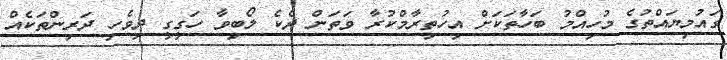
ގައުމިޔައްތުގެ މުހިއްމު ބަހާތަކަށް އިހުތިރާމްކުރާ ވަތަން ދެކެ ލޯބިވާ ހަގީގީ ދިވެހި ދަރިންތަކެއް